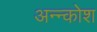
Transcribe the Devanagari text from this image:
अन्‍न्कोश